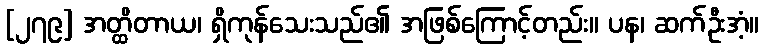
[၂၇၉] အတ္ထိတာယ၊ ရှိကုန်သေးသည်၏ အဖြစ်ကြောင့်တည်း။ ပန၊ ဆက်ဦးအံ့။